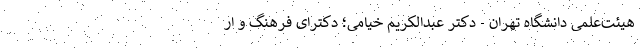
هیئت‌علمی دانشگاه تهران - دکتر عبدالکریم خیامی؛ دکترای فرهنگ و ار